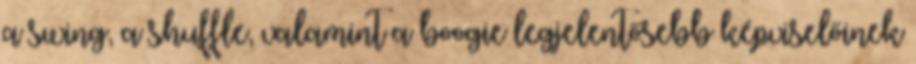
a swing, a shuffle, valamint a boogie legjelentősebb képviselőinek